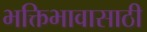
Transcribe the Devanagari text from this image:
भक्तिभावासाठी